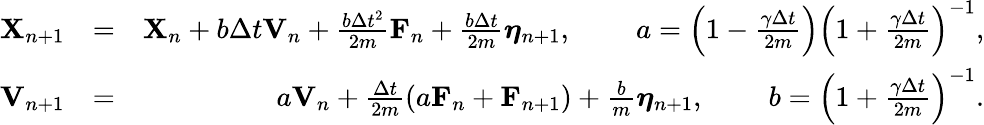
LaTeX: \begin{array}{rlr}{\mathbf{X}_{n+1}}&{=}&{\mathbf{X}_{n}+b\Delta{t}\mathbf{V}_{n}+\frac{b\Delta{t}^{2}}{2m}\mathbf{F}_{n}+\frac{b\Delta{t}}{2m}\boldsymbol{\eta}_{n+1},\; \; \; \; \; \; \; \; a=\left({1-\frac{\gamma\Delta{t}}{2m}}\right)\left({1+\frac{\gamma\Delta{t}}{2m}}\right)^{-1},}\\ {\mathbf{V}_{n+1}}&{=}&{a\mathbf{V}_{n}+\frac{\Delta{t}}{2m}\left(a\mathbf{F}_{n}+\mathbf{F}_{n+1}\right)+\frac{b}{m}\boldsymbol{\eta}_{n+1},\; \; \; \; \; \; \; \; b=\left({1+\frac{\gamma\Delta{t}}{2m}}\right)^{-1}.}\end{array}